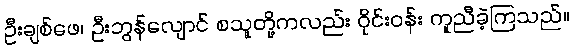
ဦးချစ်ဖေ၊ ဦးဘွန်လျောင် စသူတို့ကလည်း ဝိုင်းဝန်း ကူညီခဲ့ကြသည်။